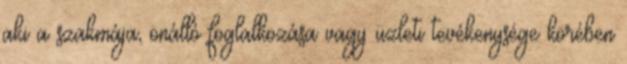
aki a szakmája, önálló foglalkozása vagy üzleti tevékenysége körében